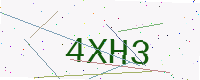
Text: 4XH3